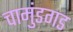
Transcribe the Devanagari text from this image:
चामुंडगड